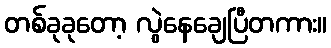
တစ်ခုခုတော့ လွဲနေချေပြီတကား။